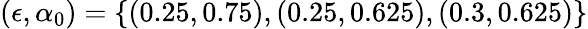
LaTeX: (\epsilon,\alpha_{0})=\lbrace(0.25,0.75),(0.25,0.625),(0.3,0.625)\rbrace